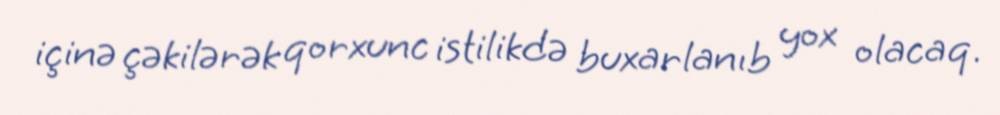
içinə çəkilərək qorxunc istilikdə buxarlanıb yox olacaq.